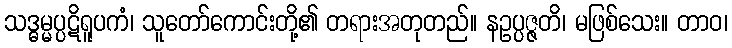
သဒ္ဓမ္မပ္ပဋိရူပကံ၊ သူတော်ကောင်းတို့၏ တရားအတုတည်။ နဥပ္ပဇ္ဇတိ၊ မဖြစ်သေး။ တာဝ၊